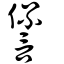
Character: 諐